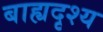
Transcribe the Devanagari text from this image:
बाह्यदृश्य